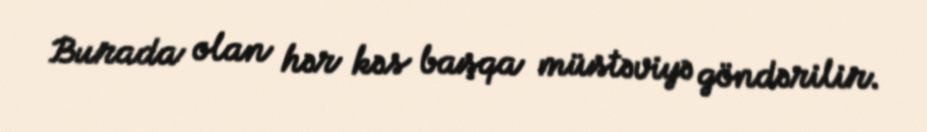
Burada olan hər kəs başqa müstəviyə göndərilir.